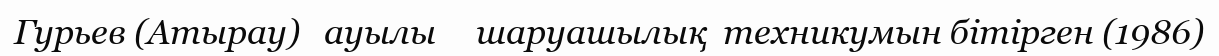
Гурьев (Атырау)   ауылы     шаруашылық  техникумын бітірген (1986)